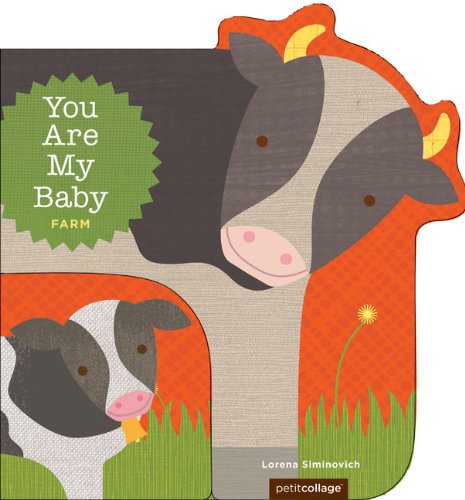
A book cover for You Are My Baby: Farm; Children's Books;